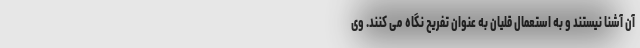
آن آشنا نیستند و به استعمال قلیان به عنوان تفریح نگاه می ‌کنند. وی